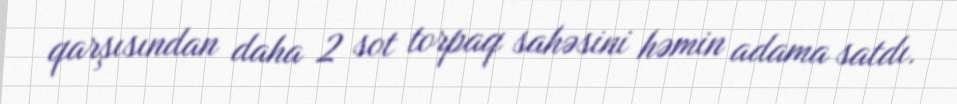
qarşısından daha 2 sot torpaq sahəsini həmin adama satdı.